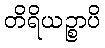
တိရိယဉ္စာပိ